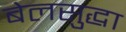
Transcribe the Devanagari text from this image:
बेलसुद्धा